Lunatic asylums Punjab 1881-1894 - 1881-1894
Year: 1881
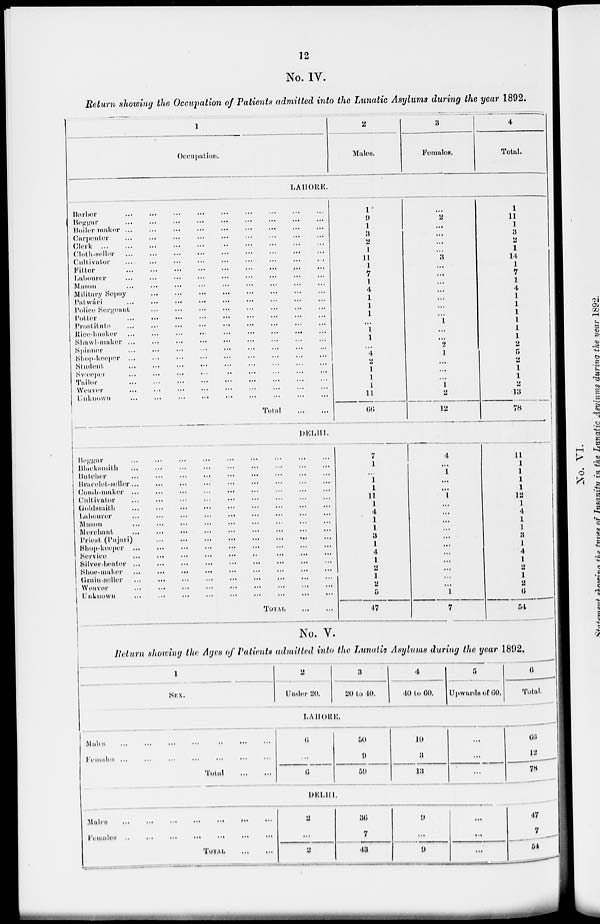
12
No. IV.
Return showing the Occupation of Patients admitted into the Lunatic Asylums during the year 1892.
1
Occupation.
2
Males.
3
Females.
4
Total.
LAHORE.
Barber ... ... ... ... ... ... ... ... ...
Beggar
...
...
...
...
...
...
...
...
...
Boiler maker ... ... ... ... ... ... ... ... ...
Carpenter ... ... ... ... ... ... ... ... ...
Clerk
...
...
...
...
...
...
...
...
...
Cloth-Holler
...
...
...
...
...
...
...
...
...
Cultivator ... ... ... ... ... ... ... ... ...
Fitter
...
...
...
...
...
...
...
...
...
Labourer ... ... ... ... ... ... ... ... ...
Mason ... ... ... ... ... ... ... ... ...
Military Sepoy ... ... ... ... ... ... ... ... ...
Patwári ... ... ... ... ... ... ... ... ...
Police Sergeant ... ... ... ... ... ... ... ... ...
Potter ... ... ... ... ... ... ... ... ...
Prostitute
...
...
...
...
...
...
...
...
...
Rice-husker ... ... ... ... ... ... ... ... ...
Stawl-maker ... ... ... ... ... ... ... ... ...
Spinner ... ... ... ... ... ... ... ... ...
Shop-keeper ... ... ... ... ... ... ... ... ...
Student
...
...
...
...
...
...
...
...
...
Sweeper ... ... ... ... ... ... ... ... ...
Tailor
...
...
...
...
...
...
...
...
...
Weaver ... ... ... ... ... ... ... ... ...
Unknown ... ... ... ... ... ... ... ... ...
Total
...
...
1
9
1
3
2
1
11
1
7
1
4
1
1
1
...
1
1
...
4
2
1
1
1
11
66
...
2
...
...
...
...
3
...
...
...
...
...
...
...
1
...
...
2
1
...
...
...
1
2
12
1
11
1
3
2
1
14
1
7
1
4
1
1
1
1
1
1
2
5
2
1
1
2
13
78
DELHI.
Beggar ... ... ... ... ... ... ... ... ...
Blacksmith ... ... ... ... ... ... ... ... ...
Butcher
...
...
...
...
...
...
...
...
...
Bracolet-seller ... ... ... ... ... ... ... ... ...
Comb-maker ... ... ... ... ... ... ... ... ...
Cultivator ... ... ... ... ... ... ... ... ...
Goldsmith ... ... ... ... ... ... ... ... ...
Labourer ... ... ... ... ... ... ... ... ...
Mason ... ... ... ... ... ... ... ... ...
Merchant ... ... ... ... ... ... ... ... ...
Priest (Pujari)
...
...
...
...
...
...
...
...
...
Shop-keeper ... ... ... ... ... ... ... ... ...
Service ... ... ... ... ... ... ... ... ...
Silver-heater ... ... ... ... ... ... ... ... ...
Shoe-maker ... ... ... ... ... ... ... ... ...
Grain-seller ... ... ... ... ... ... ... ... ...
Weaver ... ... ... ... ... ... ... ... ...
Unknown ... ... ... ... ... ... ... ... ...
TOTAL
...
...
7
1
...
1
1
11
1
4
1
1
3 1
4
l
2
1
2
5
47
4
...
1
...
...
1
...
...
...
...
...
...
...
...
...
...
...
1
7
11
1
1
1
1
12
1
4
1
1
3
1
4
1
2
1
2
6
54
No. V.
Return showing the Ages of Patients admitted into the Lunatic Asylums during the year 1892.
1
SEX.
2
Under 20.
3
20 to 40.
4
40 to 60.
5
Upwards of 60.
6
Total.
LAHORE.
Males ... ... ... ... ... ... ...
Females ... ... ... ... ... ... ...
Total
...
...
6
...
6
50
9
59
10
3
13
...
...
...
66
12
78
DELHI.
Males
...
...
...
...
...
...
...
Females ... ... ... ... ... ... ...
TOTAL
...
...
2
...
2
36
7
43
9
...
9
...
...
...
47
7
54